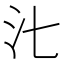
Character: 㲺